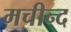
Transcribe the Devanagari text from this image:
मचीन्‍द